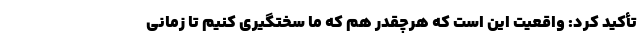
تأکید کرد: واقعیت این است که هرچقدر هم که ما سختگیری کنیم تا زمانی